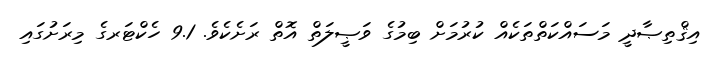
އިޤްތިޞާދީ މަސައްކަތްތަކެއް ކުރުމަށް ބިމުގެ ވަޞީލަތް އޮތް ރަށެކެވެ. 9.1 ހެކްޓަރގެ މިރަށުގައި